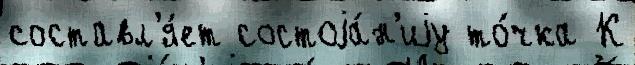
составл'я́ет состоjа́н'иjу то́чка К